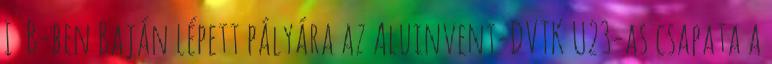
I B-ben Baján lépett pályára az Aluinvent-DVTK U23-as csapata a